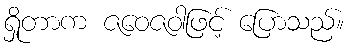
ရှိုတာက ဇဝေဇဝါဖြင့် ပြောသည်။